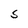
Character: S